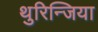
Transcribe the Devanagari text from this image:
थुरिन्जिया